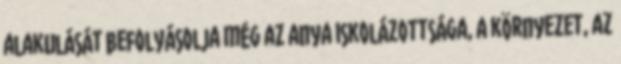
alakulását befolyásolja még az anya iskolázottsága, a környezet, az